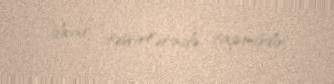
divar təsvirlərində tapmışdır.